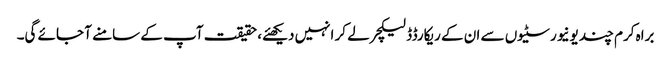
براہ کرم چند یونیورسٹیوں سے ان کے ریکارڈڈ لیکچر لے کر انہیں دیکھئے، حقیقت آپ کے سامنے آ جائے گی۔